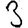
Digit: 3